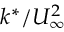
k ^ { * } / U _ { \infty } ^ { 2 }